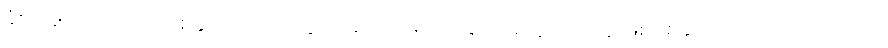
ခံစားချက်ပိုကောင်းစေနိုင်သလို အထွတ်အထိပ်ရောက်ခြင်း အလွယ်တကူ ဖြစ်စေနိုင်တယ်လို့ သိရပါတယ်။